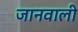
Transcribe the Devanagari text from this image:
जानवाली